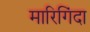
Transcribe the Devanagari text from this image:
मारिगिंदा